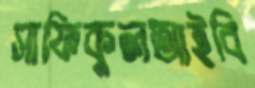
সাফিকুলআইবি